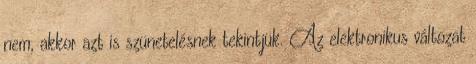
nem, akkor azt is szünetelésnek tekintjük. Az elektronikus változat